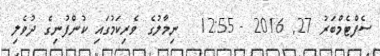
ސެޕްޓެމްބަރު 27